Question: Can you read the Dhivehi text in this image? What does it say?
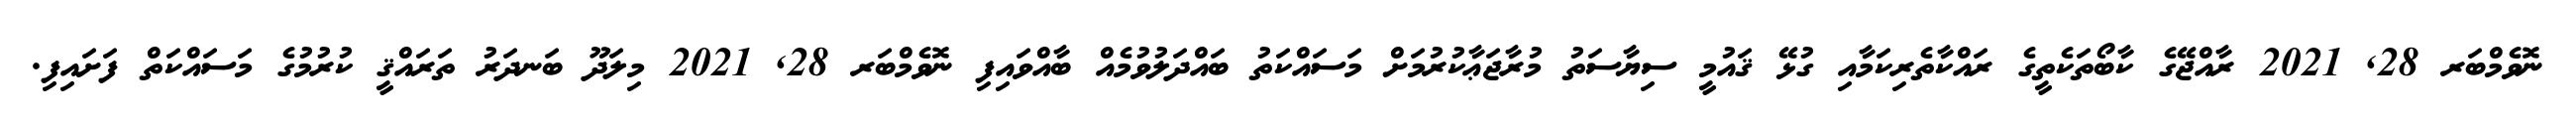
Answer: ނޮވެމްބަރ 28, 2021 ރާއްޖޭގެ ކާބޯތަކެތީގެ ރައްކާތެރިކަމާއި ގުޅޭ ޤައުމީ ސިޔާސަތު މުރާޖަޢާކުރުމަށް މަސައްކަތު ބައްދަލުވުމެއް ބާއްވައިފި ނޮވެމްބަރ 28, 2021 މިލަދޫ ބަނދަރު ތަރައްޤީ ކުރުމުގެ މަސައްކަތް ފަށައިފި.